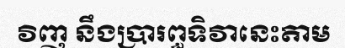
វិញ នឹងប្រារព្ធទិវានេះតាម